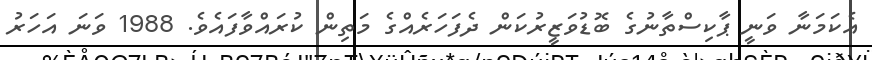
އެކަމަނާ ވަނީ ޕާކިސްތާނުގެ ބޮޑުވަޒީރުކަން ދެފަހަރެއްގެ މަތިން ކުރައްވާފައެވެ. 1988 ވަނަ އަހަރު